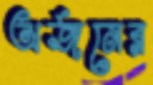
অর্জনের